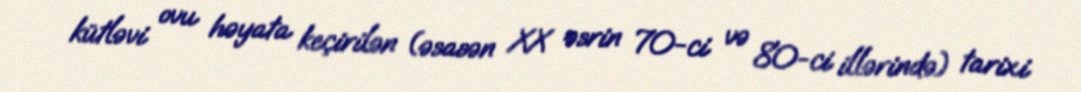
kütləvi ovu həyata keçirilən (əsasən XX əsrin 70-ci və 80-ci illərində) tarixi